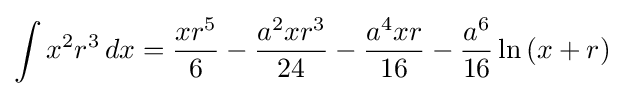
\int x^{2}r^{3}\,dx={\frac {xr^{5}}{6}}-{\frac {a^{2}xr^{3}}{24}}-{\frac {a^{4}xr}{16}}-{\frac {a^{6}}{16}}\ln \left(x+r\right)